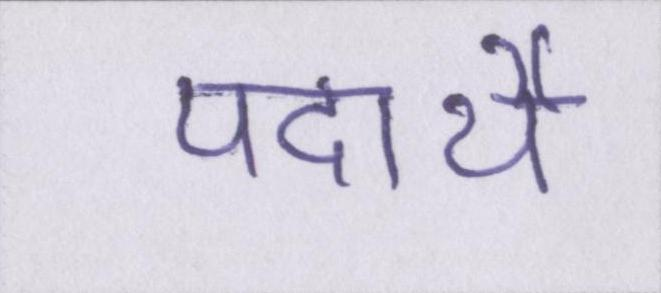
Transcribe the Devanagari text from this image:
पदार्थे